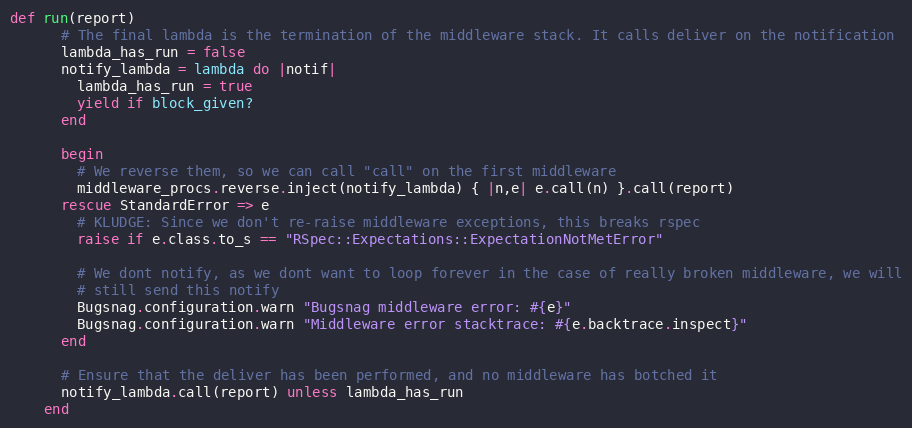
Language: Ruby
def run(report)
      # The final lambda is the termination of the middleware stack. It calls deliver on the notification
      lambda_has_run = false
      notify_lambda = lambda do |notif|
        lambda_has_run = true
        yield if block_given?
      end

      begin
        # We reverse them, so we can call "call" on the first middleware
        middleware_procs.reverse.inject(notify_lambda) { |n,e| e.call(n) }.call(report)
      rescue StandardError => e
        # KLUDGE: Since we don't re-raise middleware exceptions, this breaks rspec
        raise if e.class.to_s == "RSpec::Expectations::ExpectationNotMetError"

        # We dont notify, as we dont want to loop forever in the case of really broken middleware, we will
        # still send this notify
        Bugsnag.configuration.warn "Bugsnag middleware error: #{e}"
        Bugsnag.configuration.warn "Middleware error stacktrace: #{e.backtrace.inspect}"
      end

      # Ensure that the deliver has been performed, and no middleware has botched it
      notify_lambda.call(report) unless lambda_has_run
    end